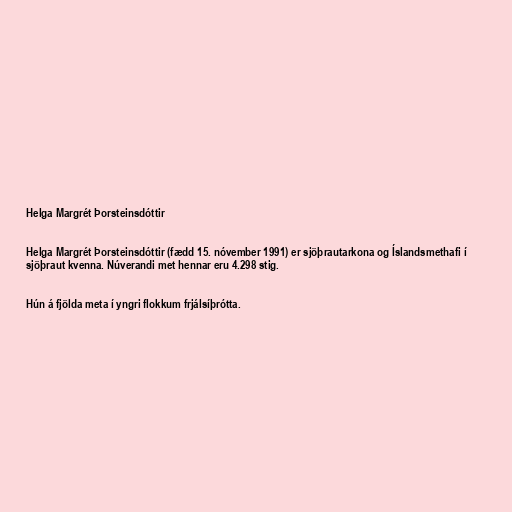
Helga Margrét Þorsteinsdóttir

Helga Margrét Þorsteinsdóttir (fædd 15. nóvember 1991) er sjöþrautarkona og Íslandsmethafi í
sjöþraut kvenna. Núverandi met hennar eru 4.298 stig.

Hún á fjölda meta í yngri flokkum frjálsíþrótta.